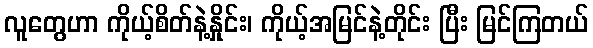
လူတွေဟာ ကိုယ့်စိတ်နဲ့နှိုင်း၊ ကိုယ့်အမြင်နဲ့တိုင်း ပြီး မြင်ကြတယ်